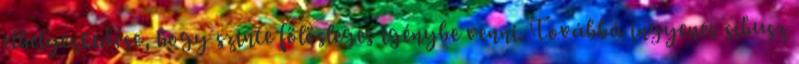
elhelyezkedése, hogy szinte fölösleges igénybe venni. Továbbá ingyenes síbusz